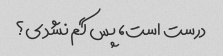
درست است، پس گم نشدی؟